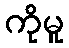
ကိုမူ